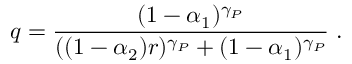
q = \frac { ( 1 - \alpha _ { 1 } ) ^ { \gamma _ { P } } } { ( ( 1 - \alpha _ { 2 } ) r ) ^ { \gamma _ { P } } + ( 1 - \alpha _ { 1 } ) ^ { \gamma _ { P } } } \; .